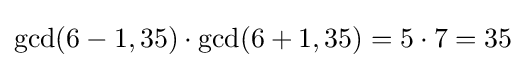
\gcd(6-1,35)\cdot \gcd(6+1,35)=5\cdot 7=35